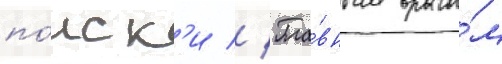
по́иск'и // Гла́вным враго́м